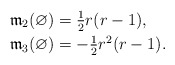
\begin{align*}\textstyle \mathfrak m_2(\varnothing) & = \textstyle \frac{1}{2} r (r-1), \\\textstyle \mathfrak m_3(\varnothing) & = \textstyle -\frac12 r^2 (r-1).\end{align*}